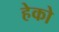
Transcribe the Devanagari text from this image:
हेको